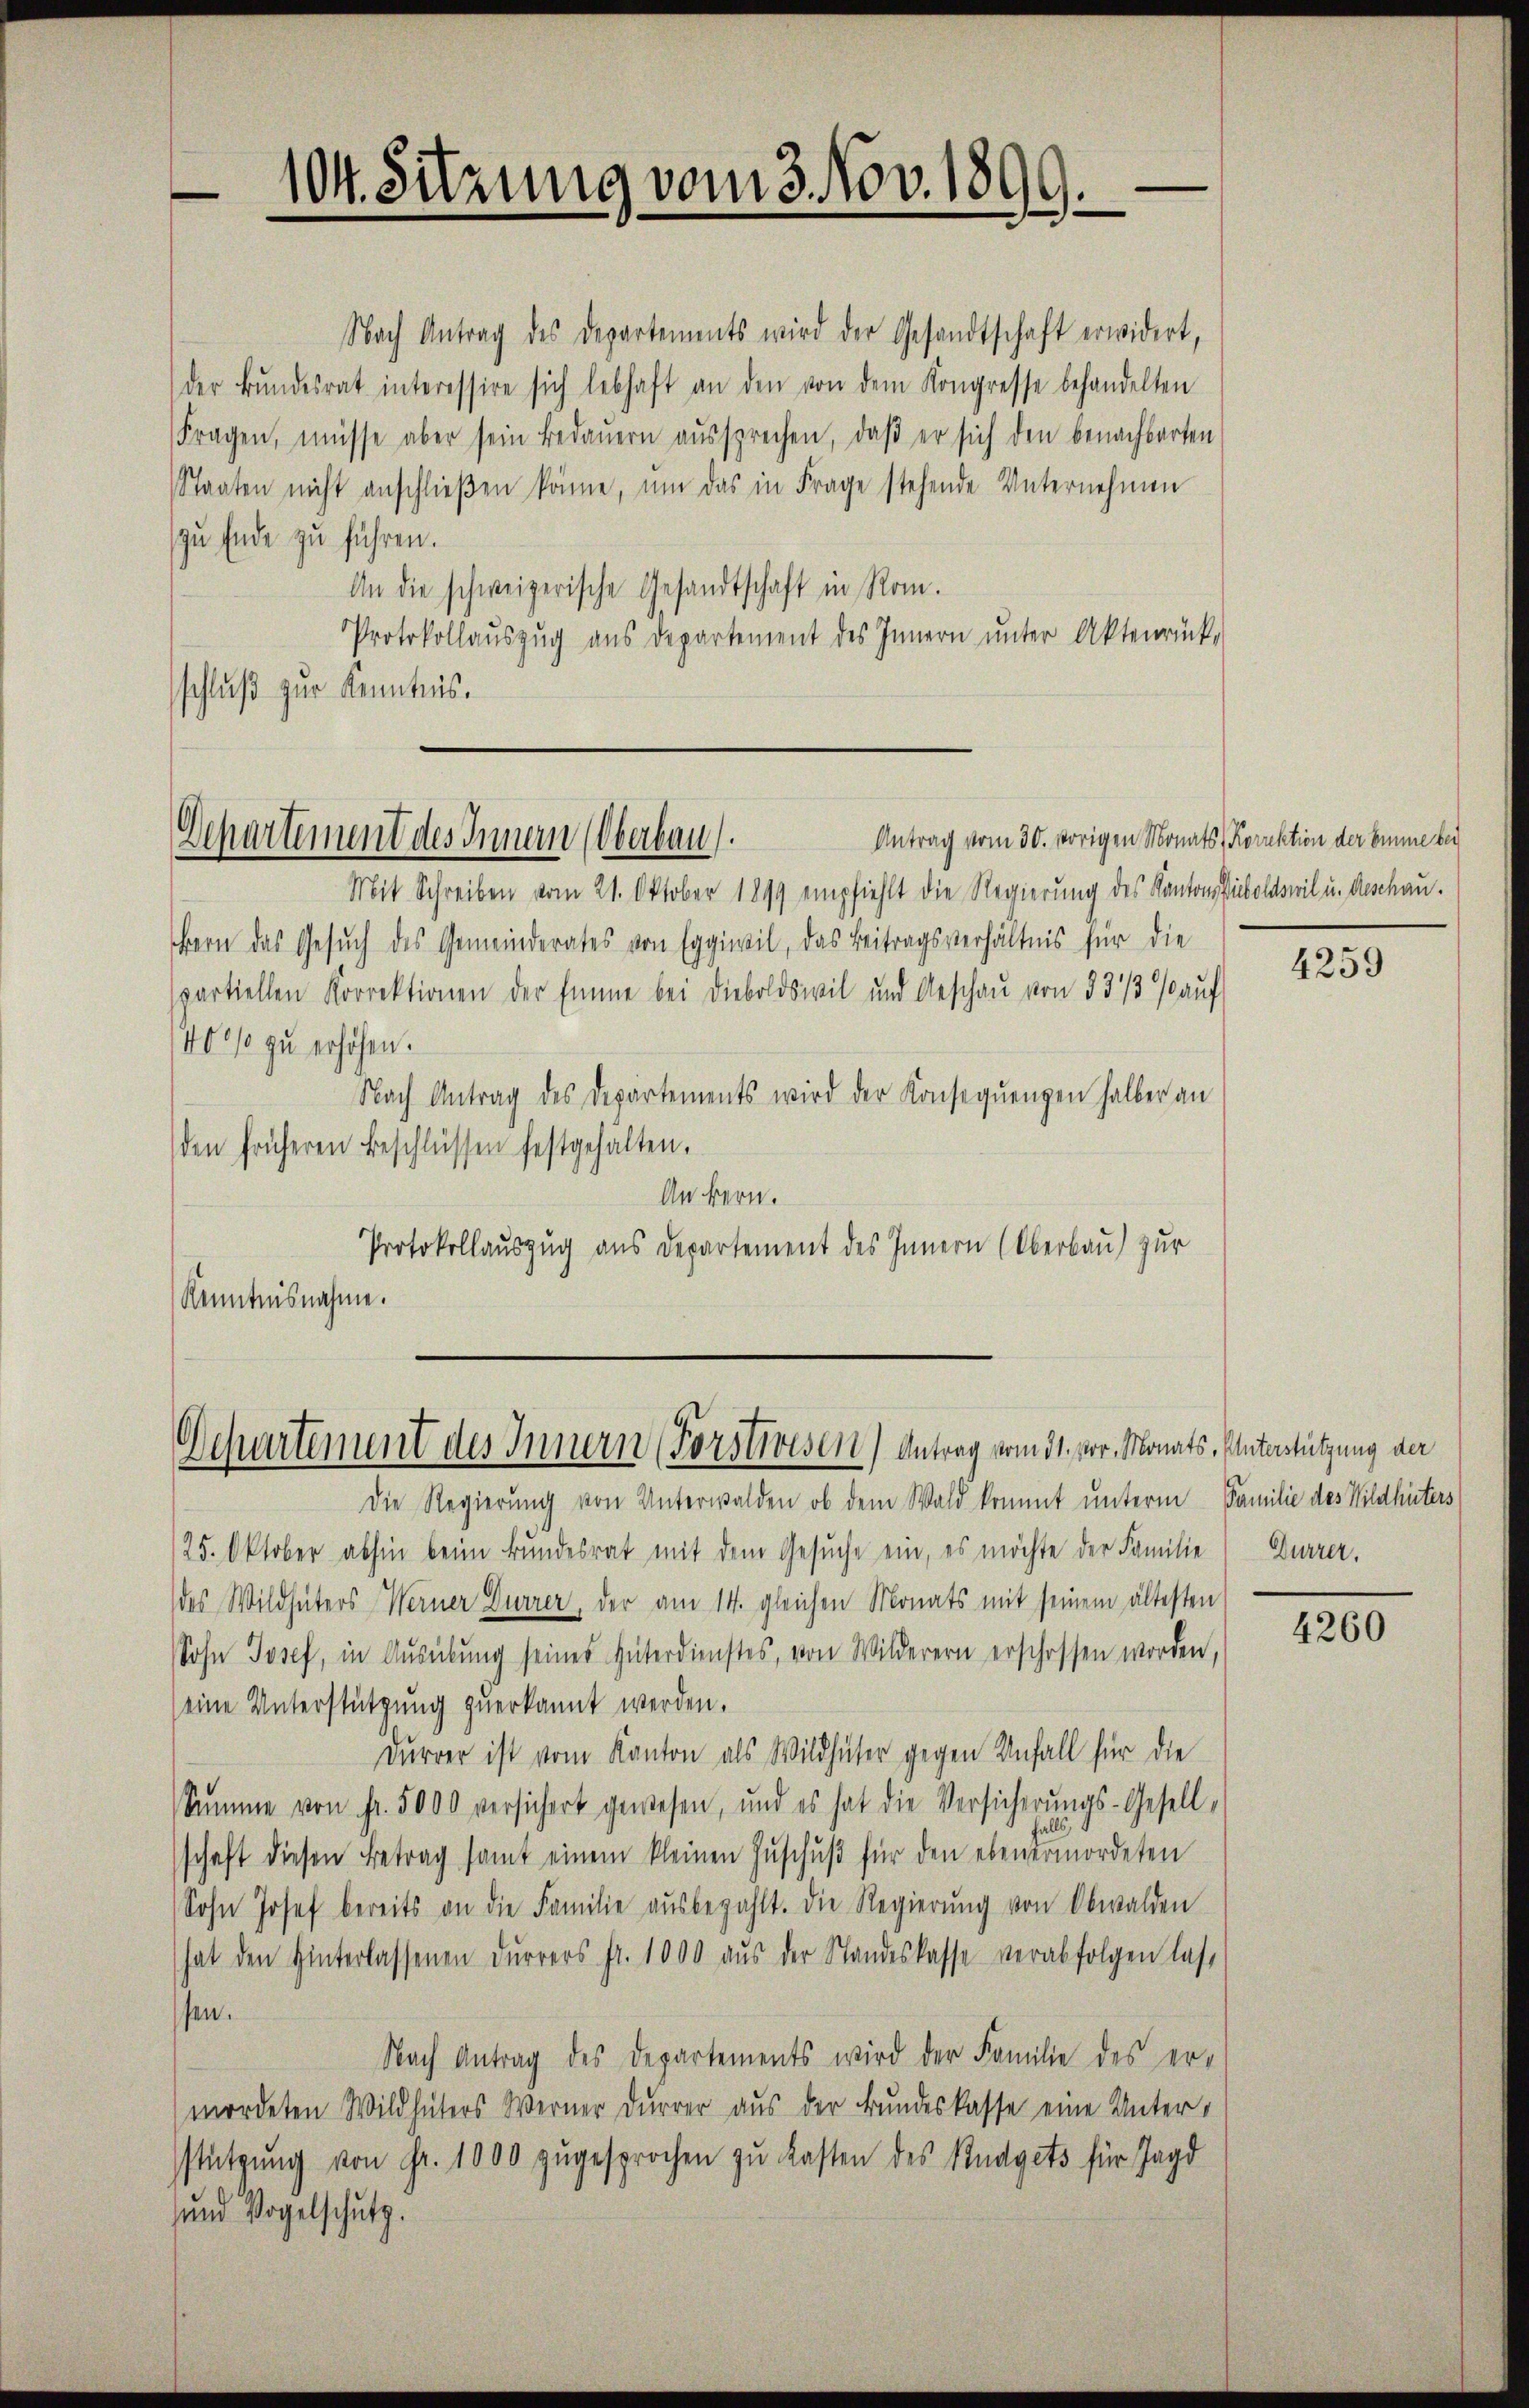
104. Sitzung vom 3. Nov. 1899.

Nach Antrag des Departements wird der Gesandtschaft erwidert,
der Bŭndesrat interessire sich lebhaft an den von dem Kongresse behandelten
Fragen, müsse aber sein Bedauern aŭssprechen, daβ er sich den benachbarten
Staaten nicht anschließen könne, um das in Frage stehende Unternehmen
zu Ende zu führen.
An die schweizerische Gesandtschaft in Rom.
Protokollaŭszŭg ans Departement des Innern ŭnter Aktenrück-
schluß zur Kenntnis.

Antrag vom 30. vorigen Monats Korrektion der Emme bei
Departement des Innern (Oberbau

Mit Schreiben vom 21. Oktober 1899 empfiehlt die Regierung des Kanton Pieboldswil u. Geschau.
Bern das Gesŭch des Gemeinderates von Eggiwil, das Beitragsverhältnis für die
spartiellen Korrektionen der Eine bei Dieboldswil und Geschau von 831/3 % auf
400% zu erhöhen.
Nach Antrag des Departements wird der Konseqŭengen halber an
den früheren Beschlüssen festgehalten.
An kern.
Protokollauszug aus Departement des Innern (Oberbau) zur
Kenntnisnahme.

Departement des Innern (Forstwesen) Antrag vom 31. vor. Monats, Unterstützung der

Die Regierŭng von Unterwalden ob dem Wald kommt unterm Familie des Wildhüters
25. Oktober abhin beim Bundesrat mit dem Gesŭche ein, es möchte der Familie Durrer.
des Wildhüters Werner Dürrer, der am 14. gleichen Monats mit seinem ältesten
Sohn Josef, in Aŭsübŭng seines Hüterdienstes, von Wilderern erschossen worden,
(eine Unterstützung zuerkannt werden.
Durrer ist vom Kanton als Wildhüter gegen Unfall für die
Summe von Fr. 5000 versichert gewesen, und es hat die Versicherungs-Gesell-
lls
schaft diesen Betrag samt einem kleinen Zŭschŭβ für den ebenermordeten
Sohn Josef bereits an die Familie aŭsbezahlt. Die Regierŭng von Obwalden
hat den Hinterlassenen Dŭrrers fr. 1000 aŭs der Standeskasse verabfolgen lass
sen.
Nach Antrag des Departements wird der Familie des er-
mordeten Wildhüters Werner Durrer aus der Bundeskasse eine Unterstützŭng von Fr. 1000 zŭgesprochen zu kasten des Budgets für Jagd
und Vogelschutz.

4259

4260